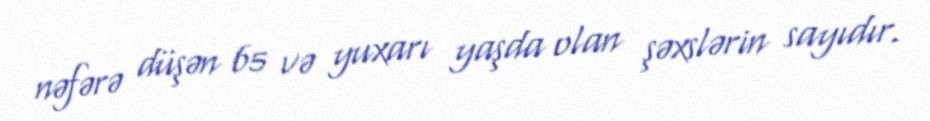
nəfərə düşən 65 və yuxarı yaşda olan şəxslərin sayıdır.